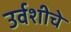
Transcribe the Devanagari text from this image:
उर्वशीचे